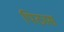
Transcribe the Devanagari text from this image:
पिठास